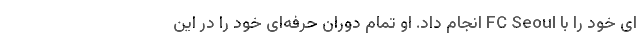
ای خود را با FC Seoul انجام داد. او تمام دوران حرفه‌ای خود را در این